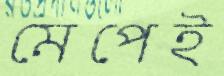
মেপেই